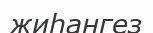
жиһангез